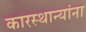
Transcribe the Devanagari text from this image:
कारस्थान्यांना